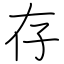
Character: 存